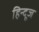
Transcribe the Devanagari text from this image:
हिन्दूज